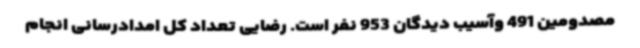
مصدومین 491 وآسیب دیدگان 953 نفر است. رضایی تعداد کل امدادرسانی انجام